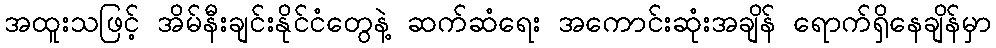
အထူးသဖြင့် အိမ်နီးချင်းနိုင်ငံတွေနဲ့ ဆက်ဆံရေး အကောင်းဆုံးအချိန် ရောက်ရှိနေချိန်မှာ